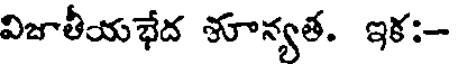
విజాతీయభేద శూన్యత. ఇక:-